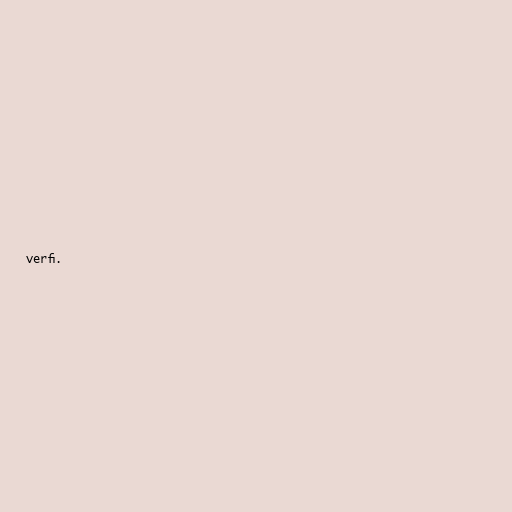
verfi.